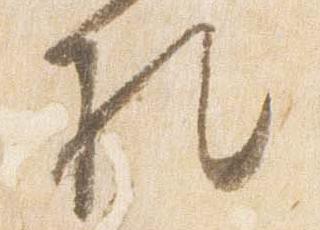
礼